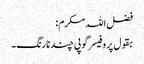
فضل اللہ مکرم:
بقول پروفیسر گوپی چند نارنگ۔